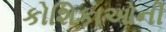
કોશિકાઓની